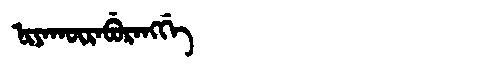
Manchu: ᠨᡳᠶᠠᡴᡡᡵᠠᠪᡠᡵᠠᠩᡤᡝ
Romanization: NIYAKŪRABURANGGE